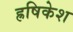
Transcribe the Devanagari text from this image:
ह्रषिकेश